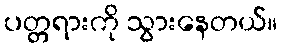
ပတ္တရားကို သွားနေတယ်။